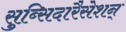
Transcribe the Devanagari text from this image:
सुब्सिदारैसेशन्